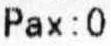
PAX: 0